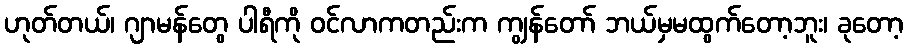
ဟုတ်တယ်၊ ဂျာမန်တွေ ပါရီကို ဝင်လာကတည်းက ကျွန်တော် ဘယ်မှမထွက်တော့ဘူး၊ ခုတော့